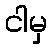
ငါမှ